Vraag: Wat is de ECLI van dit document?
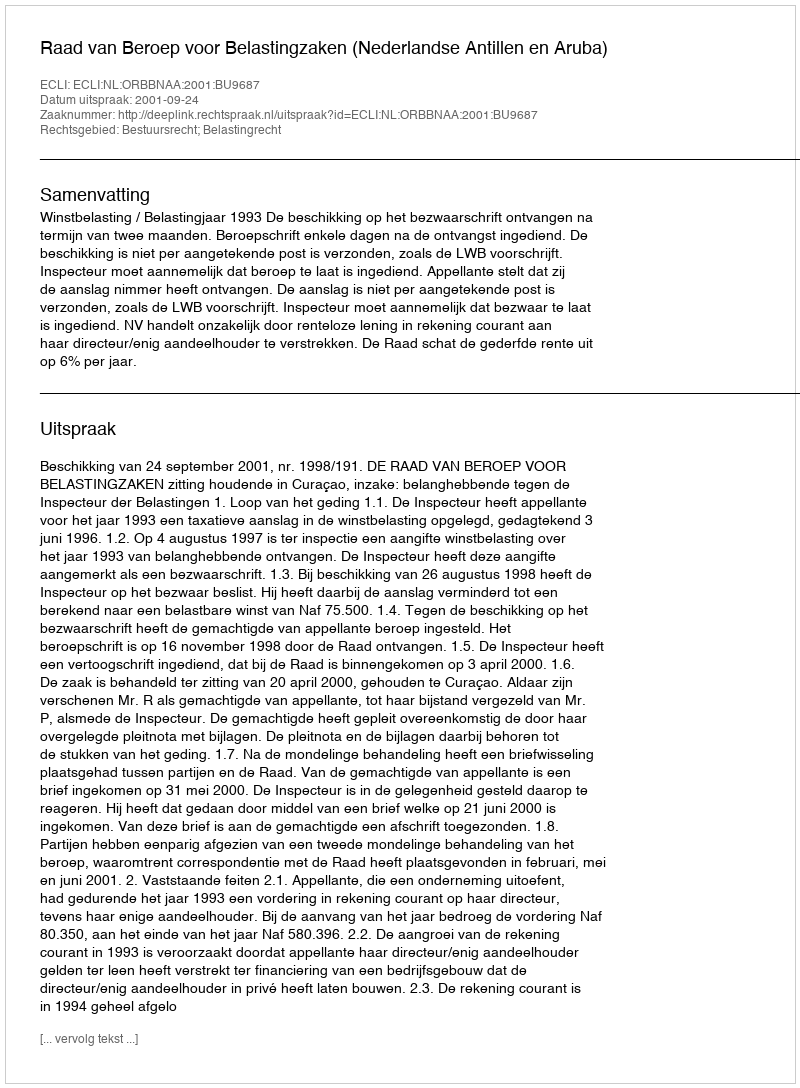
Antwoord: ECLI:NL:ORBBNAA:2001:BU9687